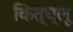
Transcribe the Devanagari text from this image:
कित्च्लू